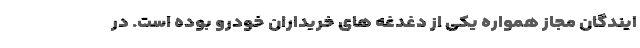
ایندگان مجاز همواره یکی از دغدغه های خریداران خودرو بوده است. در